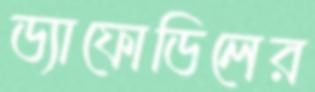
ড্যাফোডিলের